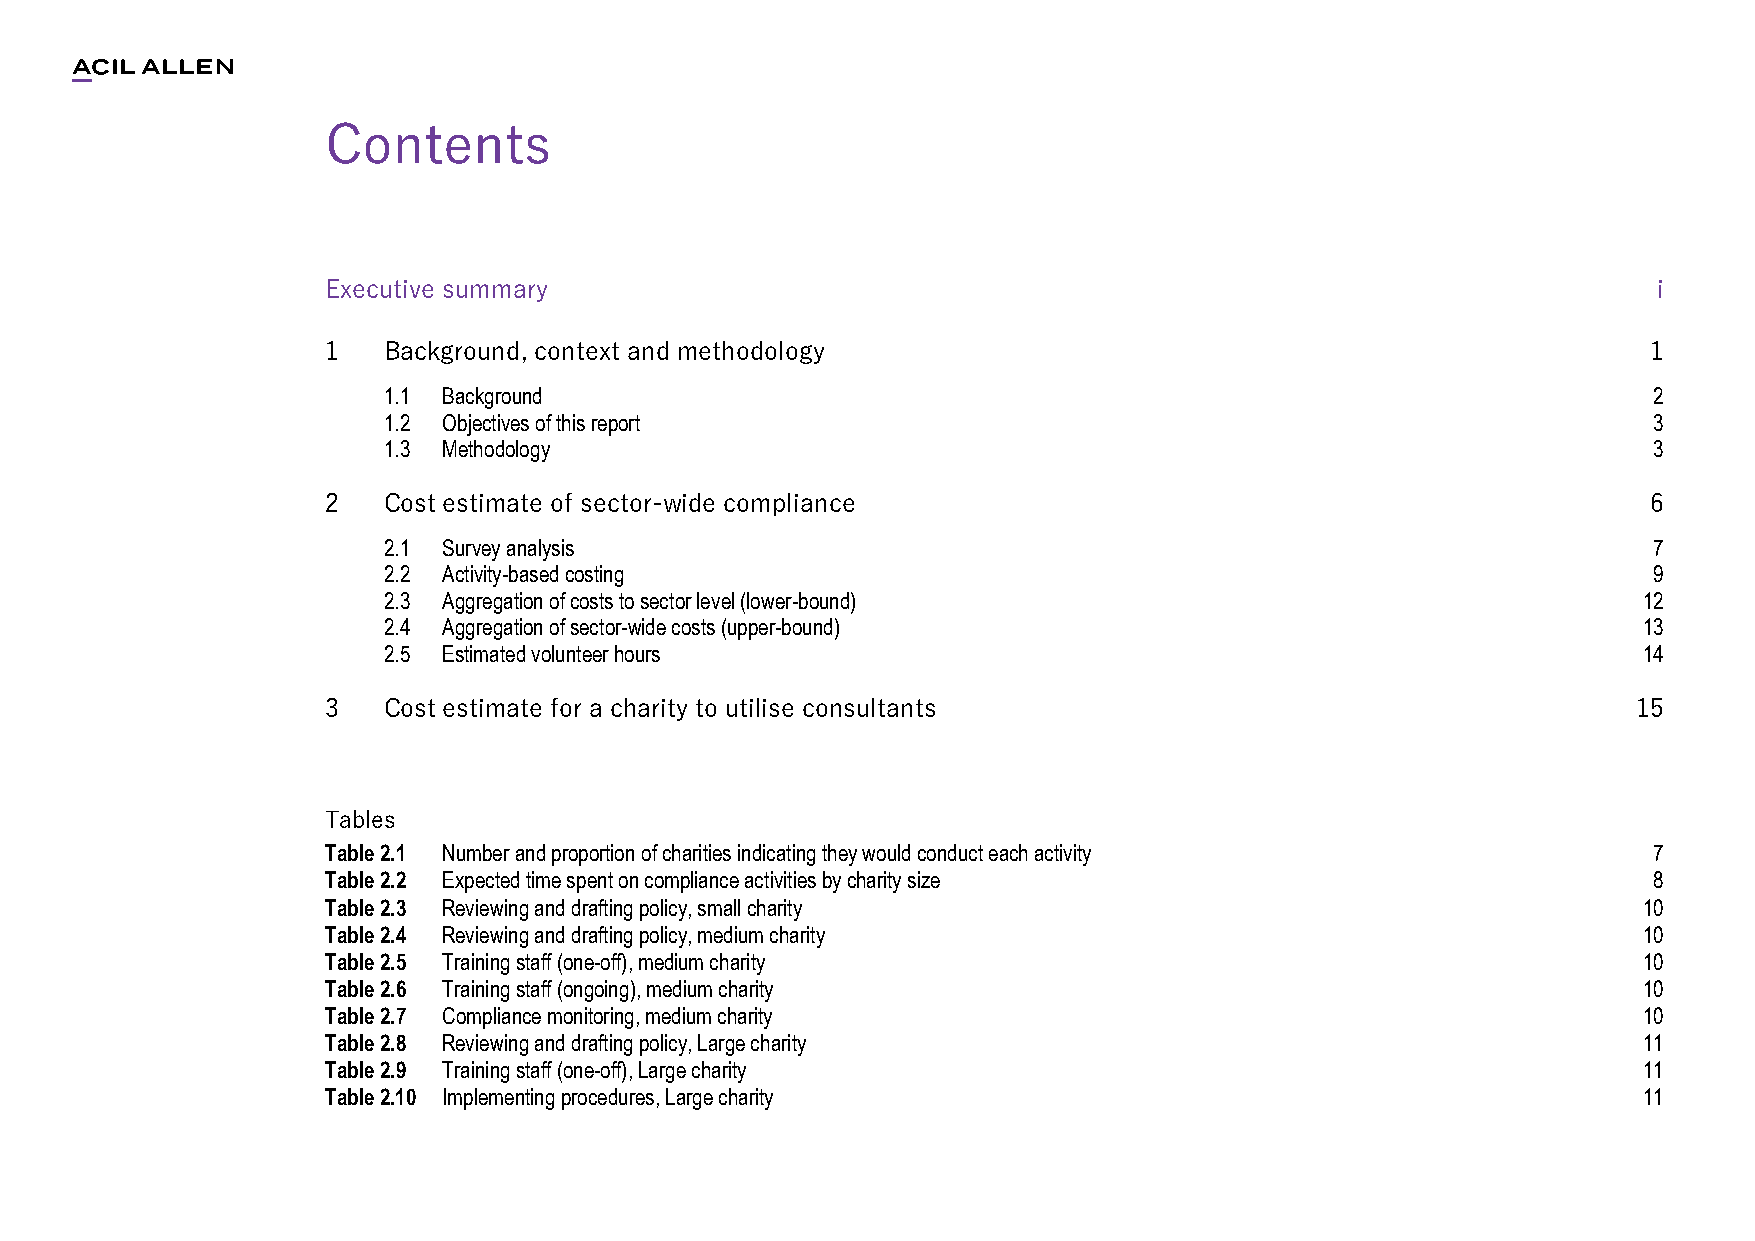
Contents
 Executive summary                                                                       i
 1  Background, context and methodology                                                 1
 1.1 Background                                                                      2
 1.2 Objectives of this report                                                       3
 1.3 Methodology                                                                     3
 2  Cost estimate of sector-wide compliance                                             6
 2.1 Survey analysis                                                                 7
 2.2 Activity-based costing                                                          9
 2.3 Aggregation of costs to sector level (lower-bound)                              12
 2.4 Aggregation of sector-wide costs (upper-bound)                                  13
 2.5 Estimated volunteer hours                                                       14
 3  Cost estimate for a charity to utilise consultants                                 15
 Tables
 Table 2.1 Number and proportion of charities indicating they would conduct each activity 7
 Table 2.2 Expected time spent on compliance activities by charity size                 8
 Table 2.3 Reviewing and drafting policy, small charity                                 10
 Table 2.4 Reviewing and drafting policy, medium charity                                10
 Table 2.5 Training staff (one-off), medium charity                                     10
 Table 2.6 Training staff (ongoing), medium charity                                     10
 Table 2.7 Compliance monitoring, medium charity                                        10
 Table 2.8 Reviewing and drafting policy, Large charity                                 11
 Table 2.9 Training staff (one-off), Large charity                                      11
 Table 2.10 Implementing procedures, Large charity                                      11